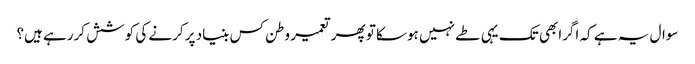
سوال یہ ہے کہ اگرابھی تک یہی طے نہیں ہوسکا تو پھر تعمیر وطن کس بنیاد پر کرنے کی کوشش کررہے ہیں؟